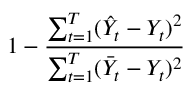
1 - \frac { \sum _ { t = 1 } ^ { T } ( \hat { Y } _ { t } - Y _ { t } ) ^ { 2 } } { \sum _ { t = 1 } ^ { T } ( \bar { Y } _ { t } - Y _ { t } ) ^ { 2 } }